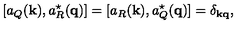
[ a _ { Q } ( { \bf k } ) , a _ { R } ^ { \mathrm { \normalsize \star } } ( { \bf q } ) ] = [ a _ { R } ( { \bf k } ) , a _ { Q } ^ { \mathrm { \normalsize \star } } ( { \bf q } ) ] = \delta _ { \bf k q } ,